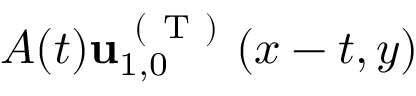
A ( t ) \mathbf { u } _ { 1 , 0 } ^ { \mathrm { ~ ( ~ T ~ ) ~ } } ( x - t , y )